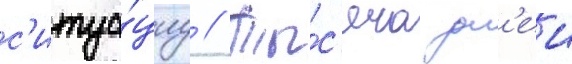
с'итуа́циу // Ты́с'яча дн'еи